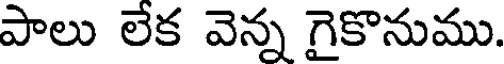
పాలు లేక వెన్న గైకొనుము.